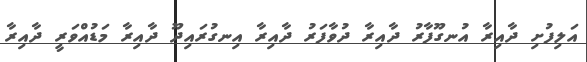
އަލިފުށި ދާއިރާ އުނގޫފާރު ދާއިރާ ދުވާފަރު ދާއިރާ އިނގުރައިދޫ ދާއިރާ މަޑުއްވަރީ ދާއިރާ